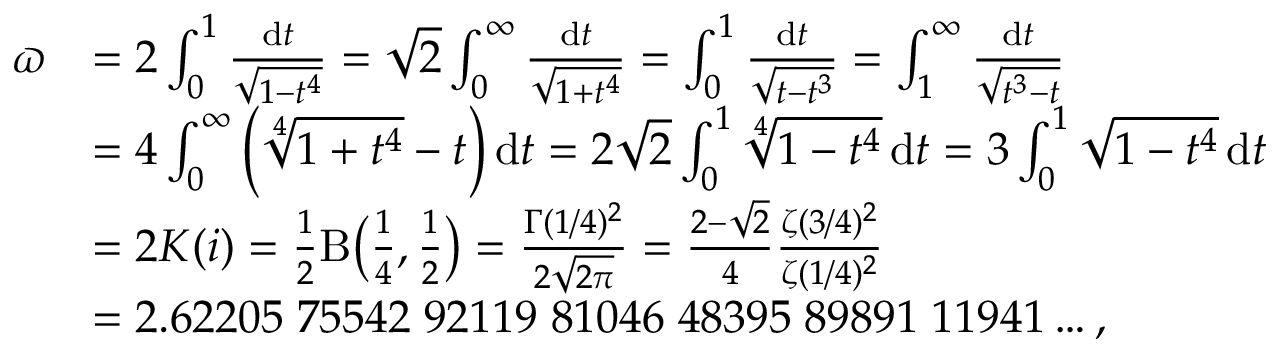
{ \begin{array} { r l } { \varpi } & { = 2 \int _ { 0 } ^ { 1 } { \frac { \mathrm { d } t } { \sqrt { 1 - t ^ { 4 } } } } = { \sqrt { 2 } } \int _ { 0 } ^ { \infty } { \frac { \mathrm { d } t } { \sqrt { 1 + t ^ { 4 } } } } = \int _ { 0 } ^ { 1 } { \frac { \mathrm { d } t } { \sqrt { t - t ^ { 3 } } } } = \int _ { 1 } ^ { \infty } { \frac { \mathrm { d } t } { \sqrt { t ^ { 3 } - t } } } } \\ & { = 4 \int _ { 0 } ^ { \infty } { \Bigl ( } { \sqrt [ { 4 } ] { 1 + t ^ { 4 } } } - t { \Bigr ) } \, \mathrm { d } t = 2 { \sqrt { 2 } } \int _ { 0 } ^ { 1 } { \sqrt [ { 4 } ] { 1 - t ^ { 4 } } } \mathop { \mathrm { d } t } = 3 \int _ { 0 } ^ { 1 } { \sqrt { 1 - t ^ { 4 } } } \, \mathrm { d } t } \\ & { = 2 K ( i ) = { \frac { 1 } { 2 } } \mathrm { B } { \bigl ( } { \frac { 1 } { 4 } } , { \frac { 1 } { 2 } } { \bigr ) } = { \frac { \Gamma ( 1 / 4 ) ^ { 2 } } { 2 { \sqrt { 2 \pi } } } } = { \frac { 2 - { \sqrt { 2 } } } { 4 } } { \frac { \zeta ( 3 / 4 ) ^ { 2 } } { \zeta ( 1 / 4 ) ^ { 2 } } } } \\ & { = 2 . 6 2 2 0 5 \; 7 5 5 4 2 \; 9 2 1 1 9 \; 8 1 0 4 6 \; 4 8 3 9 5 \; 8 9 8 9 1 \; 1 1 9 4 1 \ldots , } \end{array} }